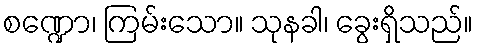
စဏ္ဍော၊ ကြမ်းသော။ သုနခါ၊ ခွေးရှိသည်။